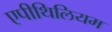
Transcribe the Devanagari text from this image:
एपीथिलियम